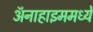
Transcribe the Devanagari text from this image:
ॲनाहाइममध्ये